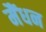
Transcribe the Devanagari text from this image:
मैंधन